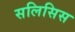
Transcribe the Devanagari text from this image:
सलिसिस